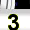
Digit: 3